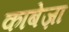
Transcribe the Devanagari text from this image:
काबेज़ा